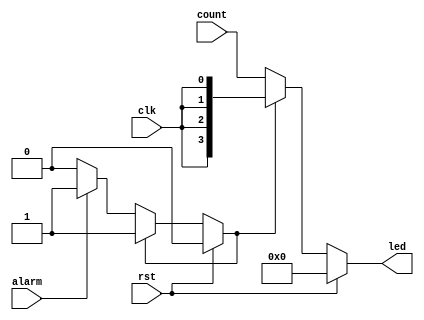
module led_driver 
 #(parameter             SIZE = 4)
 
  (input                 rst,
   input                 clk,
   input                 alarm,
   input    [SIZE-1:0]   count,
	output   [SIZE-1:0]   led);

reg alarm_ff;
reg [SIZE-1:0]   led_ff;
	
assign led = led_ff;

always @ (*)
begin
  if (rst) begin
    alarm_ff <= 1'b0;
	 led_ff <= {SIZE{1'b0}};
  end
  else if (alarm_ff) begin
    alarm_ff <= 1'b1;
    led_ff <= {SIZE{clk}};
  end
  else if (alarm) begin
    led_ff <= count;
	 alarm_ff <= 1'b1;
  end
  else begin
    alarm_ff <= 1'b0;
    led_ff <= count;
  end
end
 
endmodule